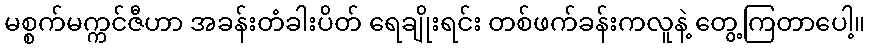
မစ္စက်မက္ကင်ဇီဟာ အခန်းတံခါးပိတ် ရေချိုးရင်း တစ်ဖက်ခန်းကလူနဲ့ တွေ့ကြတာပေါ့။